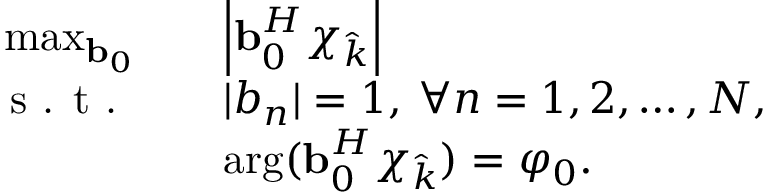
\begin{array} { r l } { \operatorname* { m a x } _ { \boldsymbol { \mathbf { b } _ { 0 } } } \quad } & { \Bigl | \mathbf { b } _ { 0 } ^ { H } \boldsymbol { \chi } _ { \hat { k } } \Bigl | } \\ { \textrm { s . t . } \quad } & { | b _ { n } | = 1 , \: \forall n = 1 , 2 , \ldots , N , } \\ { \quad } & { \arg ( \mathbf { b } _ { 0 } ^ { H } \boldsymbol { \chi } _ { \hat { k } } ) = \varphi _ { 0 } . } \end{array}